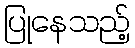
ပြုနေသည့်